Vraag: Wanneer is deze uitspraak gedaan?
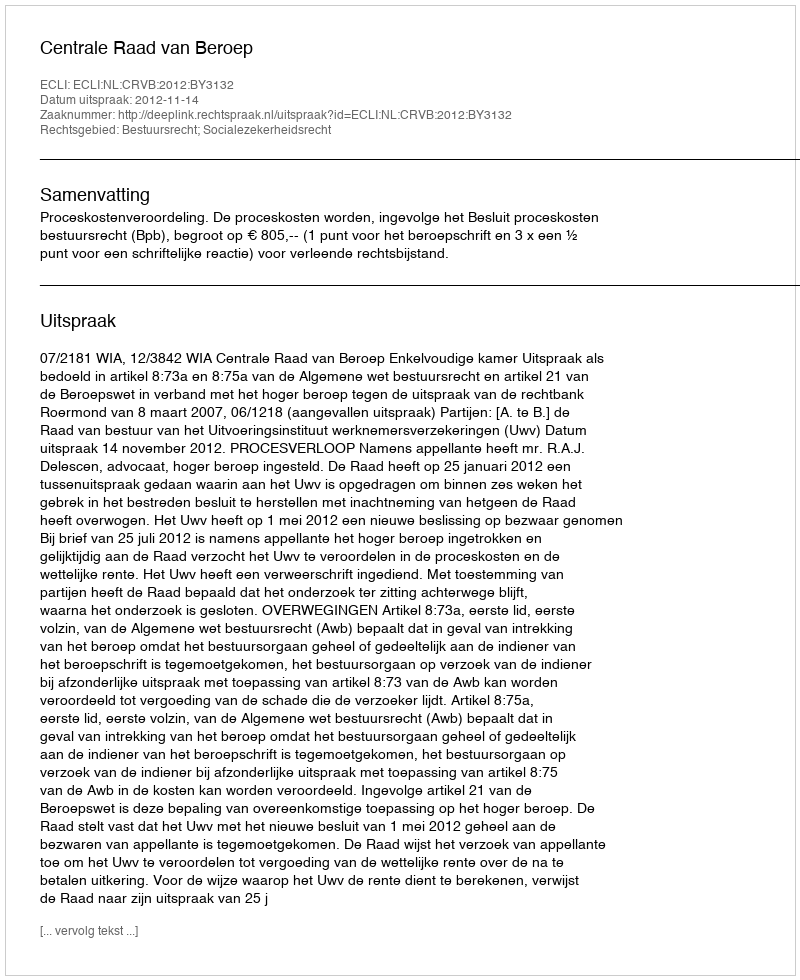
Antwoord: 2012-11-14